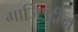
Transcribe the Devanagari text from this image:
गाजिउद्दीन